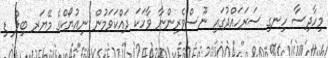
މިހާދިސާ ހިނގި ސަރަހައްދުގައި ނޫސްވެރިންނާ ވާހަކަ ދައްކަވަމުން ނިއުޔޯކްގެ މޭޔަރ ބިލް ޑި